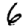
Digit: 6